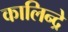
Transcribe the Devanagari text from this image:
कालिन्द्रे